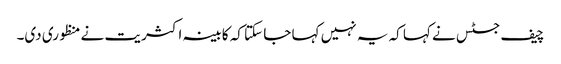
چیف جسٹس نے کہا کہ یہ نہیں کہا جا سکتا کہ کابینہ اکثریت نے منظوری دی۔